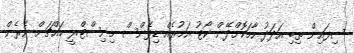
ސިފައިން ތިބި އަދަދު ހާމަކޮށްދޭން ކޯޓު އަމުރެއް ޑިފެންސް މިނިސްޓްރީ މައްޗަށް ނެރެން